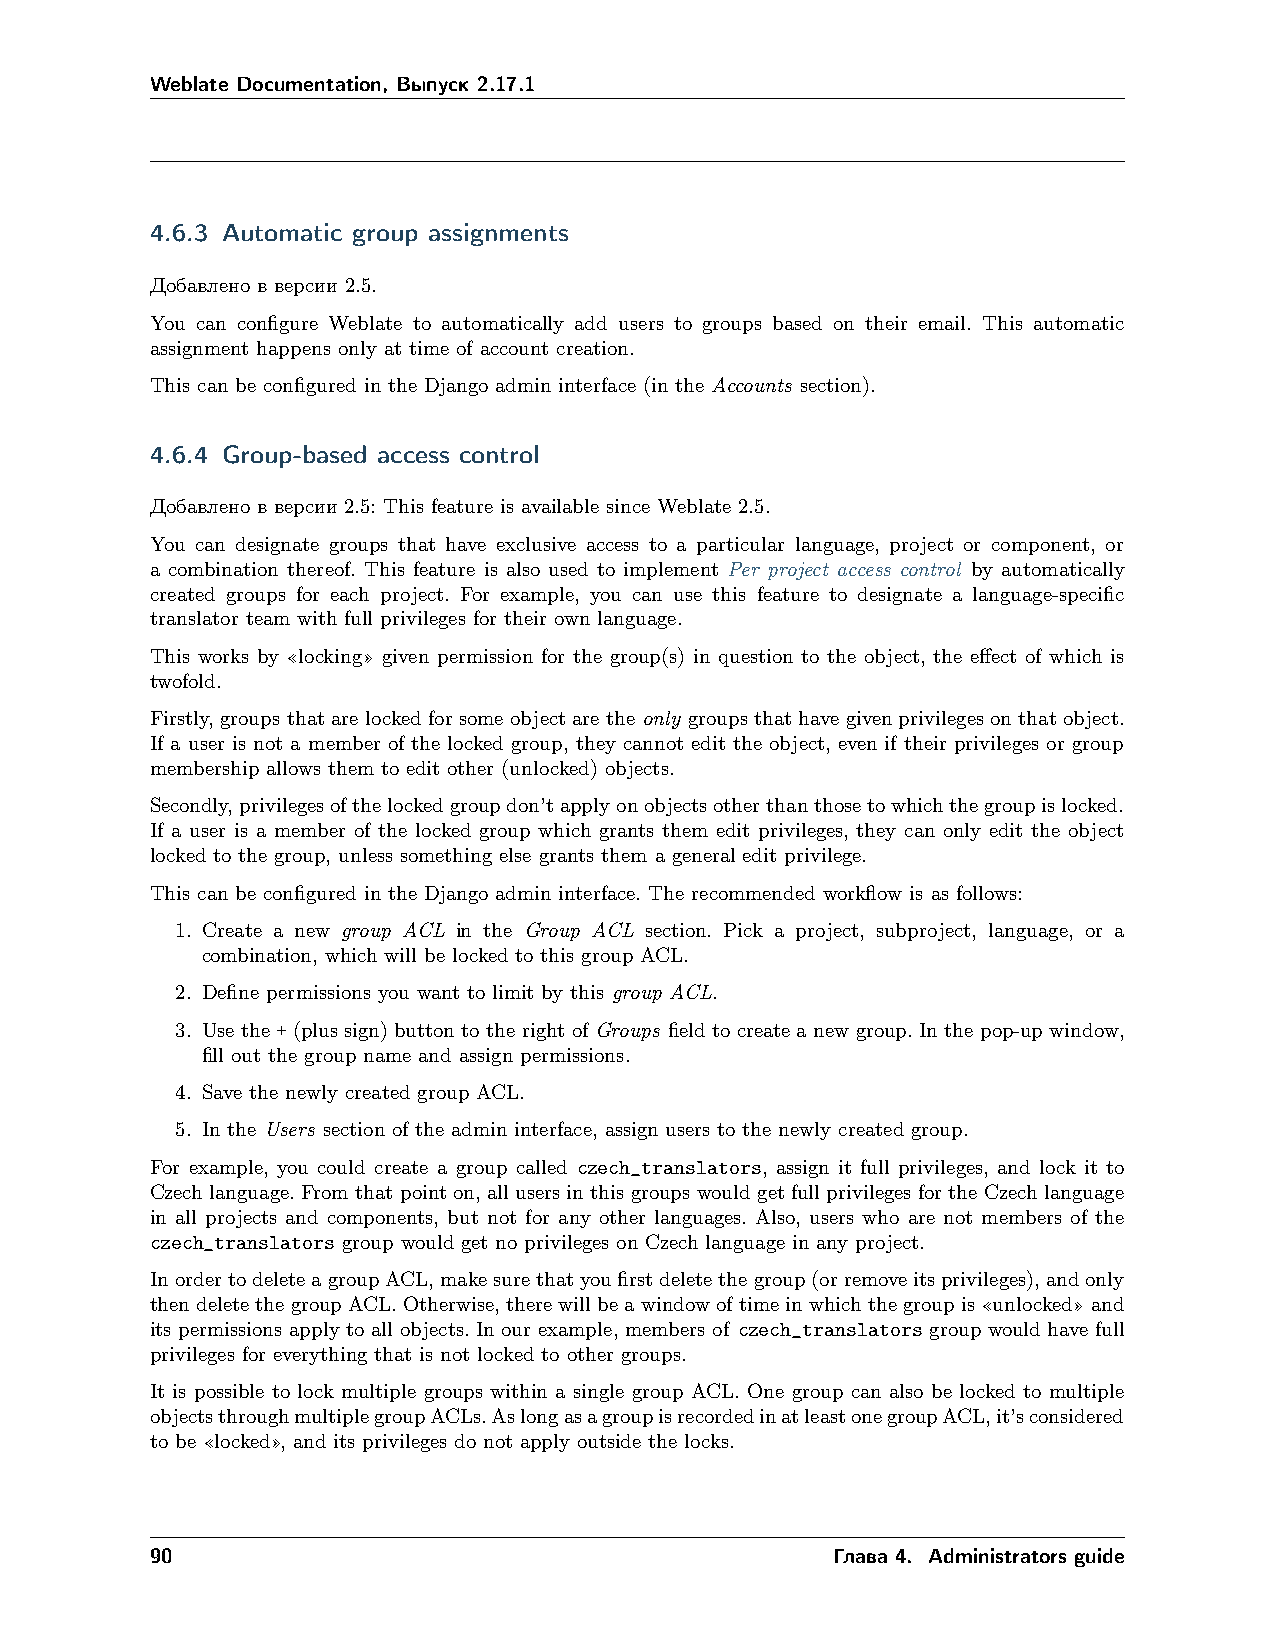
Weblate Documentation, Выпуск 2.17.1
 4.6.3 Automatic group assignments
 Добавлено в версии 2.5.
 You can configure Weblate to automatically add users to groups based on their email. This automatic
 assignment happens only at time of account creation.
 This can be configured in the Django admin interface (in the Accounts section).
 4.6.4 Group-based access control
 Добавлено в версии 2.5: This feature is available since Weblate 2.5.
 You can designate groups that have exclusive access to a particular language, project or component, or
 a combination thereof. This feature is also used to implement Per project access control by automatically
 created groups for each project. For example, you can use this feature to designate a language-specific
 translator team with full privileges for their own language.
 This works by «locking» given permission for the group(s) in question to the object, the effect of which is
 twofold.
 Firstly, groups that are locked for some object are the only groups that have given privileges on that object.
 If a user is not a member of the locked group, they cannot edit the object, even if their privileges or group
 membership allows them to edit other (unlocked) objects.
 Secondly,privilegesofthelockedgroupdon’tapplyonobjectsotherthanthosetowhichthegroupislocked.
 If a user is a member of the locked group which grants them edit privileges, they can only edit the object
 locked to the group, unless something else grants them a general edit privilege.
 This can be configured in the Django admin interface. The recommended workflow is as follows:
 1. Create a new group ACL in the Group ACL section. Pick a project, subproject, language, or a
 combination, which will be locked to this group ACL.
 2. Define permissions you want to limit by this group ACL.
 3. Use the + (plus sign) button to the right of Groups field to create a new group. In the pop-up window,
 fill out the group name and assign permissions.
 4. Save the newly created group ACL.
 5. In the Users section of the admin interface, assign users to the newly created group.
 For example, you could create a group called czech_translators, assign it full privileges, and lock it to
 Czech language. From that point on, all users in this groups would get full privileges for the Czech language
 in all projects and components, but not for any other languages. Also, users who are not members of the
 czech_translators group would get no privileges on Czech language in any project.
 InordertodeleteagroupACL,makesurethatyoufirstdeletethegroup(orremoveitsprivileges),andonly
 then deletethe groupACL. Otherwise,there willbe awindow oftime inwhichthe group is«unlocked»and
 its permissions apply to all objects. In our example, members of czech_translators group would have full
 privileges for everything that is not locked to other groups.
 It is possible to lock multiple groups within a single group ACL. One group can also be locked to multiple
 objectsthroughmultiplegroupACLs.AslongasagroupisrecordedinatleastonegroupACL,it’sconsidered
 to be «locked», and its privileges do not apply outside the locks.
 90                                           Глава 4. Administrators guide